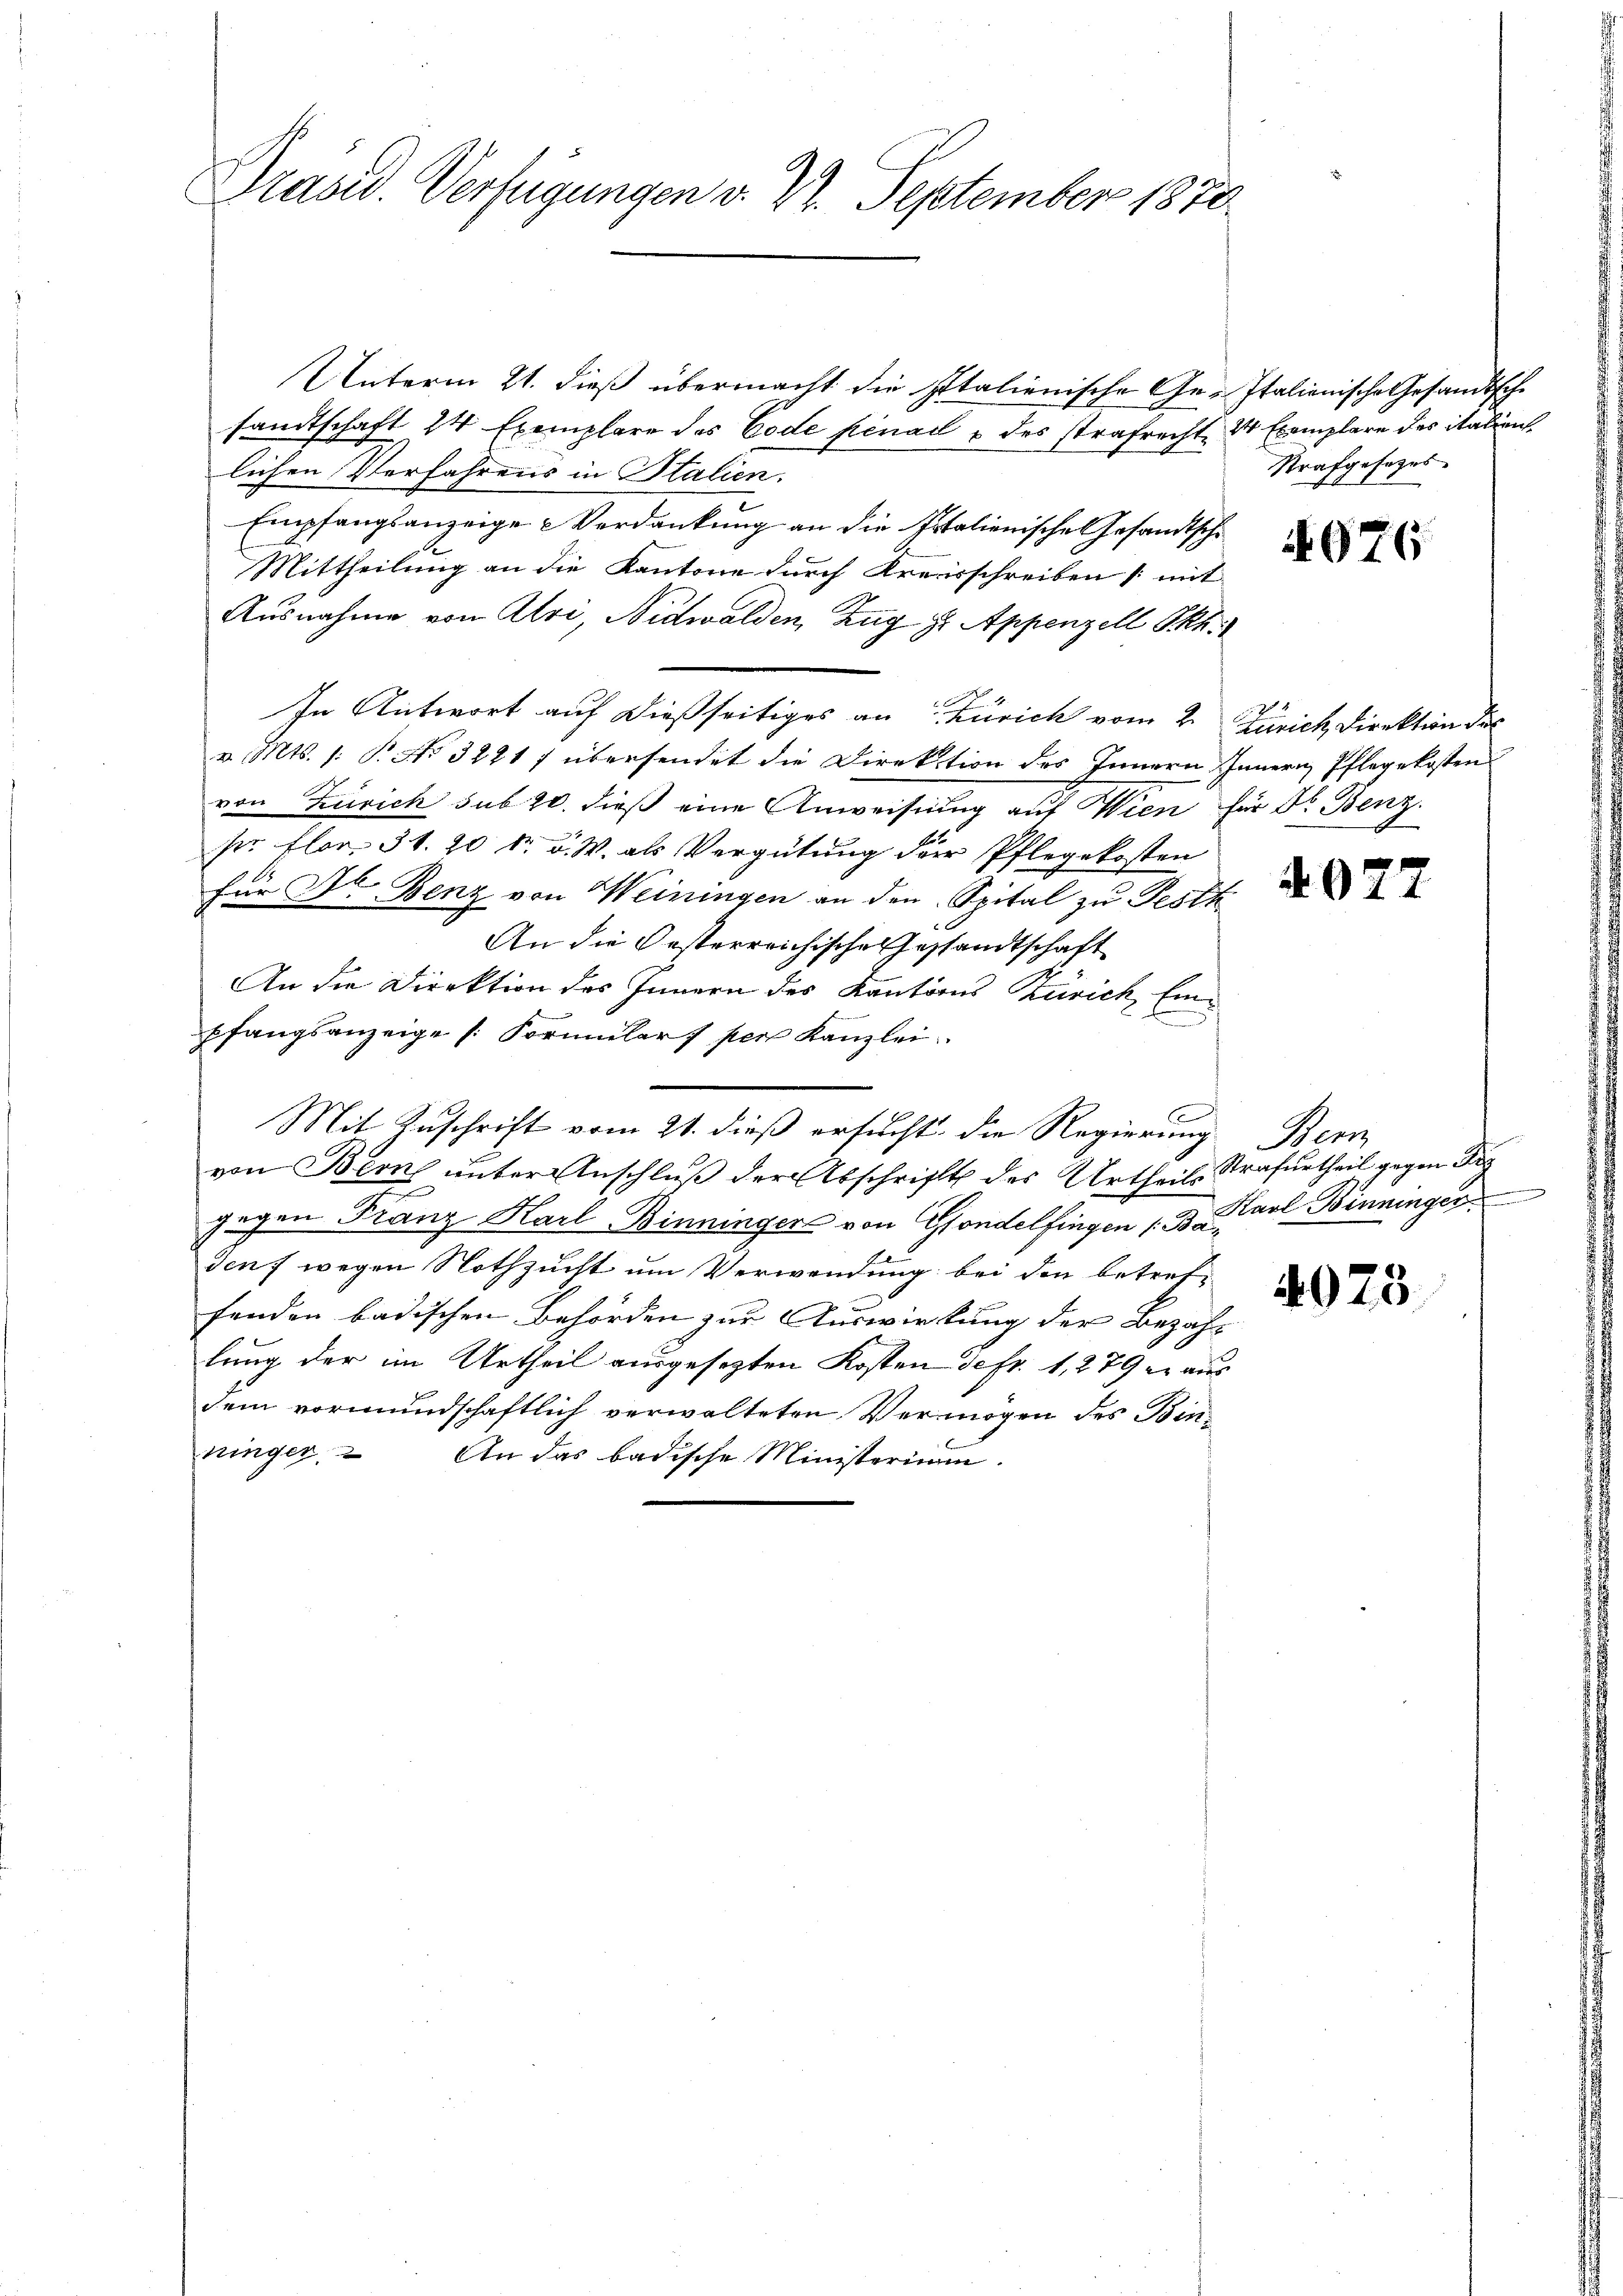
Präsid. Verfügungen v. 27. September 1870.

Unterm 21. dieß übermacht die Italienische Ge- Italienische Gesandtsche
sandtschaft 24 Exemplare des Code pénad & des strafrecht, 3 Exemplare des italien
lichen Verfahrens in Italien.
Empfangsanzeige Verdankung an die Italienisches Gesandtsche
Mittheilung an die Kantone durch Kreisschreiben (mit
Ausnahme von Uri, Nidwalden, Zug z. Appenzell PRh.
In Antwort auf dießseitiges an Zürich vom 2. Zürich Direktion des
v. Mts. (: P. No 3221 f übersendet die Direktion des Innern Innern Pflegekosten
von Zürich sub 20. dieß eine Anweisung auf Wien für Dr. Benz.
pr. Flor. 31. 20 kr. v. W. als Vergütung der Pflegekosten
für Dr. Benz von Weiningen an den Spital zu Pesth
An die Oesterreichische Gestandtschaft
An die Direktion des Innern des Kantons Zürich, Einpfangsanzeige Formulars per Kanzlei
Mit Zuschrift vom 21. dieß ersucht, die Regierung
von Bern unter Anschluß der Abschrift des Urtheils Strafurtheil gegen Bez
gegen Franz Karl Binninger von Gondelfingen 13. d. del Binningen
denf wegen Nothzucht um Verwendung bei den betreffenden badischen Behörden zur Auswirkung der Bezahlung der im Urtheil ausgesetzten Kosten de fr. 1, 279 er aus
dem vormundschaftlich verwalteten Vermögen des Binninger. An das badische Ministerium

Strafgesezes

976

A 95

Wem

4075